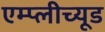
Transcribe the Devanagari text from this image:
एम्प्लीच्यूड